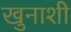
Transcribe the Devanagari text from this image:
खुनाशी